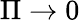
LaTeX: \Pi\to 0